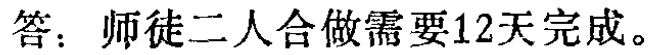
答：师徒二人合做需要12天完成。